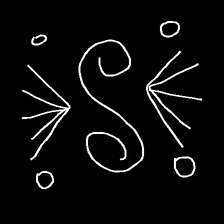
Glyph: aeroform